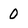
Character: 0